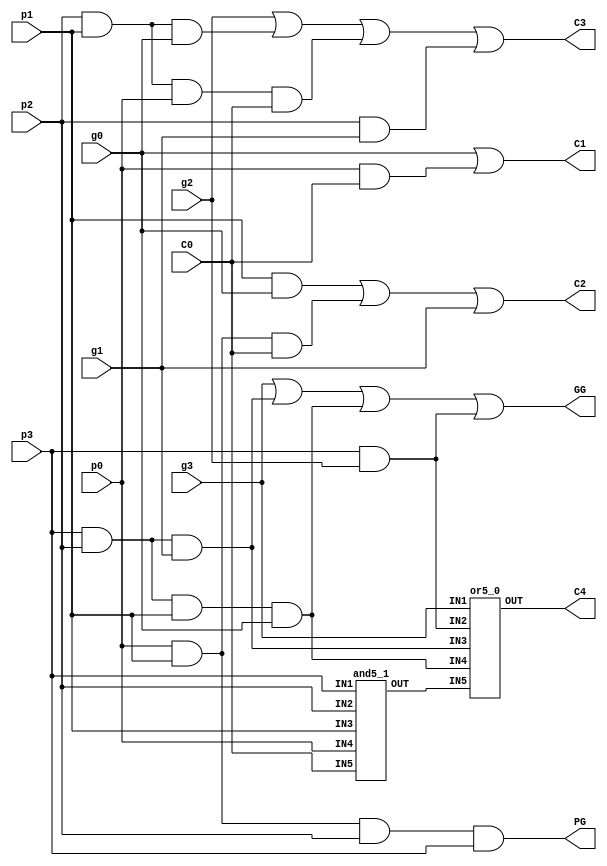
// Copyright (C) 1991-2013 Altera Corporation
// Your use of Altera Corporation's design tools, logic functions 
// and other software and tools, and its AMPP partner logic 
// functions, and any output files from any of the foregoing 
// (including device programming or simulation files), and any 
// associated documentation or information are expressly subject 
// to the terms and conditions of the Altera Program License 
// Subscription Agreement, Altera MegaCore Function License 
// Agreement, or other applicable license agreement, including, 
// without limitation, that your use is for the sole purpose of 
// programming logic devices manufactured by Altera and sold by 
// Altera or its authorized distributors.  Please refer to the 
// applicable agreement for further details.

// PROGRAM		"Quartus II 64-Bit"
// VERSION		"Version 13.0.1 Build 232 06/12/2013 Service Pack 1 SJ Web Edition"
// CREATED		"Tue Mar 07 00:55:54 2017"

module Carry_Lookahead_Function(
	C0,
	p0,
	g0,
	p1,
	g1,
	p2,
	g2,
	p3,
	g3,
	PG,
	GG,
	C1,
	C2,
	C3,
	C4
);


input wire	C0;
input wire	p0;
input wire	g0;
input wire	p1;
input wire	g1;
input wire	p2;
input wire	g2;
input wire	p3;
input wire	g3;
output wire	PG;
output wire	GG;
output wire	C1;
output wire	C2;
output wire	C3;
output wire	C4;

wire	SYNTHESIZED_WIRE_0;
wire	SYNTHESIZED_WIRE_1;
wire	SYNTHESIZED_WIRE_13;
wire	SYNTHESIZED_WIRE_14;
wire	SYNTHESIZED_WIRE_4;
wire	SYNTHESIZED_WIRE_15;
wire	SYNTHESIZED_WIRE_9;
wire	SYNTHESIZED_WIRE_10;
wire	SYNTHESIZED_WIRE_11;
wire	SYNTHESIZED_WIRE_12;




assign	C2 = SYNTHESIZED_WIRE_0 | SYNTHESIZED_WIRE_1 | g1;


or5_0	b2v_inst10(
	.IN1(g3),
	.IN3(SYNTHESIZED_WIRE_13),
	.IN2(SYNTHESIZED_WIRE_14),
	.IN5(SYNTHESIZED_WIRE_4),
	.IN4(SYNTHESIZED_WIRE_15),
	.OUT(C4));

assign	GG = g3 | SYNTHESIZED_WIRE_13 | SYNTHESIZED_WIRE_15 | SYNTHESIZED_WIRE_14;

assign	C1 = g0 | SYNTHESIZED_WIRE_9;

assign	SYNTHESIZED_WIRE_9 = p0 & C0;

assign	SYNTHESIZED_WIRE_1 = p1 & p0 & C0;

assign	SYNTHESIZED_WIRE_11 = p2 & p1 & p0 & C0;


and5_1	b2v_inst21(
	.IN3(p1),
	.IN2(p2),
	.IN1(p3),
	.IN5(C0),
	.IN4(p0),
	.OUT(SYNTHESIZED_WIRE_4));

assign	SYNTHESIZED_WIRE_0 = p1 & g0;

assign	SYNTHESIZED_WIRE_12 = p2 & g1;

assign	SYNTHESIZED_WIRE_10 = p2 & p1 & g0;

assign	SYNTHESIZED_WIRE_15 = p3 & p2 & p1 & g0;

assign	SYNTHESIZED_WIRE_14 = p3 & g2;

assign	SYNTHESIZED_WIRE_13 = p3 & p2 & g1;

assign	PG = p0 & p1 & p2 & p3;

assign	C3 = g2 | SYNTHESIZED_WIRE_10 | SYNTHESIZED_WIRE_11 | SYNTHESIZED_WIRE_12;


endmodule

module and5_1(IN3,IN2,IN1,IN5,IN4,OUT);
/* synthesis black_box */

input IN3;
input IN2;
input IN1;
input IN5;
input IN4;
assign OUT = IN1 & IN2 & IN3 & IN4 & IN5;
output OUT;

endmodule

module or5_0(IN1,IN3,IN2,IN5,IN4,OUT);
/* synthesis black_box */

input IN1;
input IN3;
input IN2;
input IN5;
input IN4;
assign OUT = IN1 | IN2 | IN3 | IN4 | IN5;
output OUT;

endmodule